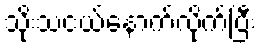
သိုးသငယ်နောက်လိုက်ပြီး